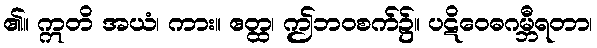
၏။ ဣတိ အယံ၊ ကား။ ဧတ္ထ၊ ဤဘဝစက်၌။ ပဋိဝေဓဂမ္ဘီရတာ၊